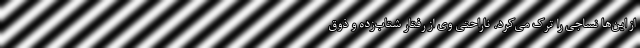
از این‌ها نساجی را ترک می‌کرد. ناراحتی وی از رفتار شتاب‌زده و ذوق